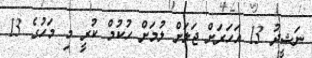
ނަޝީދު 13 އަހަރަށް ޖަލަށް ލުމަށް ހުކުމް ކުރީ މި މަހުގެ 13